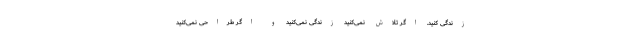
زندگی کنید. اگر تلاش نمی‌کنید زندگی نمی‌کنید و اگر طراحی نمی‌کنید